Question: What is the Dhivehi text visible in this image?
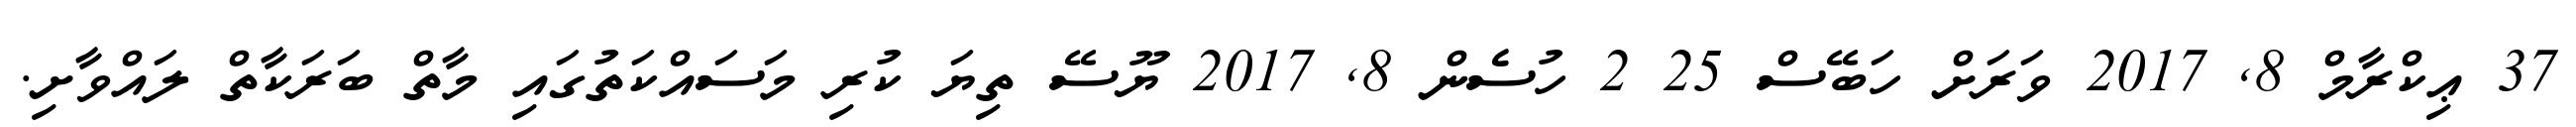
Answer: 37 ޢިކްރާމް 8, 2017 ވަރަށް ހަބޭސް 25 2 ހުސެން 8, 2017 ޔޫސޭ ތިޔަ ކުރި މަސައްކަތުގައި މާތް ބަރަކާތް ލައްވާށި.